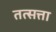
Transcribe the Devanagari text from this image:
तत्सत्ता